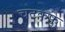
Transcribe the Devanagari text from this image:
चटकफु